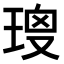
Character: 𤦑